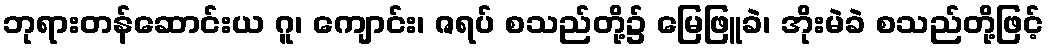
ဘုရားတန်ဆောင်းယ ဂူ၊ ကျောင်း၊ ဇရပ် စသည်တို့၌ မြေဖြူခဲ၊ အိုးမဲခဲ စသည်တို့ဖြင့်